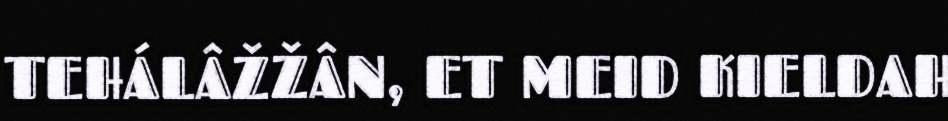
TEHÁLÂŽŽÂN, ET MEID KIELDAH